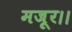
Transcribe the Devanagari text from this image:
मजूर।।